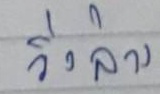
วิ่งล่าง